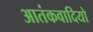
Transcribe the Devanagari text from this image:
आतंकवादियो